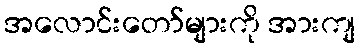
အလောင်းတော်များကို အားကျ